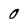
Character: 0